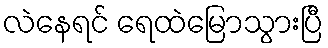
လဲနေရင် ရေထဲမြောသွားပြီ